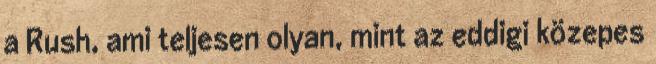
a Rush, ami teljesen olyan, mint az eddigi közepes